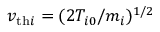
v _ { \mathrm { t h } i } = ( 2 T _ { i 0 } / m _ { i } ) ^ { 1 / 2 }